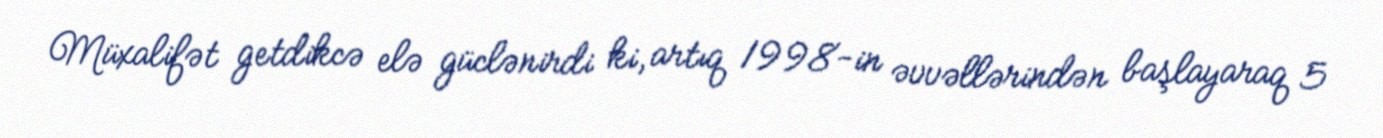
Müxalifət getdikcə elə güclənirdi ki, artıq 1998-in əvvəllərindən başlayaraq 5